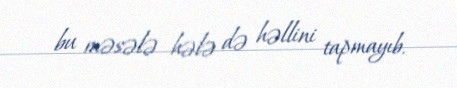
bu məsələ hələ də həllini tapmayıb.